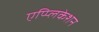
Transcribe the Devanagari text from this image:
एप्प्लिकेशन